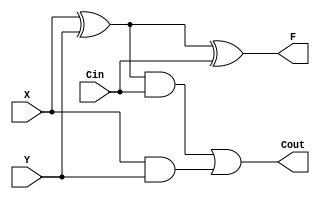
/* ACM Class System (I) Fall Assignment 1 
 *
 * Implement your naive adder here
 * 
 * GUIDE:
 *   1. Create a RTL project in Vivado
 *   2. Put this file into `Sources'
 *   3. Put `test_adder.v' into `Simulation Sources'
 *   4. Run Behavioral Simulation
 *   5. Make sure to run at least 100 steps during the simulation (usually 100ns)
 *   6. You can see the results in `Tcl console'
 *
 */

module adder_1(
	input X,
	input Y,
	input Cin,
	output F,
	output Cout
);

	assign F = X ^ Y ^ Cin;
	assign Cout = (X ^ Y) & Cin | X & Y;

endmodule

module cla_4(
	input c0, g1, g2, g3, g4, p1, p2, p3, p4,
    output c1, c2, c3, c4
);

	assign c1 = g1 ^ (p1 & c0),
		   c2 = g2 ^ (p2 & g1) ^ (p2 & p1 & c0),
           c3 = g3 ^ (p3 & g2) ^ (p3 & p2 & g1) ^ (p3 & p2 & p1 & c0),
           c4 = g4 ^ (p4 & g3) ^ (p4 & p3 & g2) ^ (p4 & p3 & p2 & g1) ^ (p4 & p3 & p2 & p1 & c0);

endmodule

module adder_4(
	input [4:1] x,
	input [4:1] y,
	input c0,
	output c4,
	output [4:1] F,
	output Gm,
	output Pm
);

	wire p1, p2, p3, p4, g1, g2, g3, g4;
	wire c1, c2, c3;
	
	adder_1 adder1(.X(x[1]), .Y(y[1]), .Cin(c0), .F(F[1]), .Cout());
	adder_1 adder2(.X(x[2]), .Y(y[2]), .Cin(c1), .F(F[2]), .Cout());
	adder_1 adder3(.X(x[3]), .Y(y[3]), .Cin(c2), .F(F[3]), .Cout());
	adder_1 adder4(.X(x[4]), .Y(y[4]), .Cin(c3), .F(F[4]), .Cout());

	cla_4 cla4(.c0(c0), .c1(c1), .c2(c2), .c3(c3), .c4(c4), .p1(p1), .p2(p2),
        .p3(p3), .p4(p4), .g1(g1), .g2(g2), .g3(g3), .g4(g4));

	assign p1 = x[1] ^ y[1],      
           p2 = x[2] ^ y[2],
           p3 = x[3] ^ y[3],
           p4 = x[4] ^ y[4];

    assign g1 = x[1] & y[1],
           g2 = x[2] & y[2],
           g3 = x[3] & y[3],
           g4 = x[4] & y[4];

    assign Pm = p1 & p2 & p3 & p4,
           Gm = g4 ^ (p4 & g3) ^ (p4 & p3 & g2) ^ (p4 & p3 & p2 & g1);

endmodule

module cla_16(
	input [16:1] A,
	input [16:1] B,
	input c0,
	output gx, px,
	output [16:1] S
);

	wire c4, c8, c12;
	wire Pm1, Gm1, Pm2, Gm2, Pm3, Gm3, Pm4, Gm4;

	adder_4 adder1(.x(A[4:1]), .y(B[4:1]), .c0(c0), .c4(), .F(S[4:1]), .Gm(Gm1), .Pm(Pm1));
	adder_4 adder2(.x(A[8:5]), .y(B[8:5]), .c0(c4), .c4(), .F(S[8:5]), .Gm(Gm2), .Pm(Pm2));
	adder_4 adder3(.x(A[12:9]), .y(B[12:9]), .c0(c8), .c4(), .F(S[12:9]), .Gm(Gm3), .Pm(Pm3));
	adder_4 adder4(.x(A[16:13]), .y(B[16:13]), .c0(c12), .c4(), .F(S[16:13]), .Gm(Gm4), .Pm(Pm4));

	assign c4 = Gm1 ^ (Pm1 & c0),
           c8 = Gm2 ^ (Pm2 & Gm1) ^ (Pm2 & Pm1 & c0),
           c12 = Gm3 ^ (Pm3 & Gm2) ^ (Pm3 & Pm2 & Gm1) ^ (Pm3 & Pm2 & Pm1 & c0);

    assign px = Pm1 & Pm2 & Pm3 & Pm4,
           gx = Gm4 ^ (Pm4 & Gm3) ^ (Pm4 & Pm3 & Gm2) ^ (Pm4 & Pm3 & Pm2 & Gm1);

endmodule

module adder_32(
	input [32:1] A,
	input [32:1] B,
	output [32:1] S,
	output c32
);
	
	wire px1, gx1, px2, gx2;
	wire c0 = 0;
	wire c16;

	cla_16 cla1(.A(A[16:1]), .B(B[16:1]), .c0(c0), .gx(gx1), .px(px1), .S(S[16:1]));
	cla_16 cla2(.A(A[32:17]), .B(B[32:17]), .c0(c16), .gx(gx2), .px(px2), .S(S[32:17]));

	assign c16 = gx1 ^ (px1 && 0),
		   c32 = gx2 ^ (px2 && c16);

endmodule

module Add(
	input wire[32:1] a,
	input wire[32:1] b,
	output reg[32:1] sum
);

	wire [32:1] res;
	adder_32 add(.A(a), .B(b), .S(res), .c32());
	always @* begin
		sum <= res;
	end

endmodule

module adder(
        input wire[15:0] a,
        input wire[15:0] b,
        output wire[15:0] sum,
        output wire carry
		
    );

    wire zero = 0;
    cla_16 add(.A(a), .B(b), .c0(zero), .S(sum), .gx(), .px());

endmodule